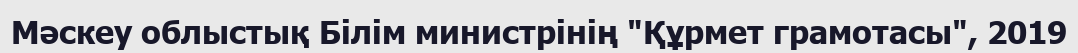
Мәскеу облыстық Білім министрінің "Құрмет грамотасы", 2019